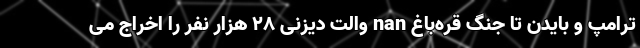
ترامپ و بایدن تا جنگ قره‌باغ nan والت دیزنی ۲۸ هزار نفر را اخراج می